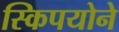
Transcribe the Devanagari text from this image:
स्किपयोने